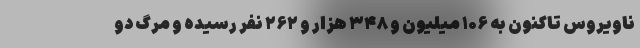
ناویروس تاکنون به ۱۰۶ میلیون و ۳۴۸ هزار و ۲۶۲ نفر رسیده و مرگ دو